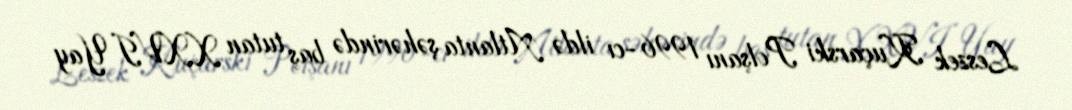
Leszek Kuçarski Polşanı 1996-cı ildə Atlanta şəhərində baş tutan XXVI Yay